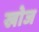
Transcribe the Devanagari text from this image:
खाेज